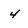
Character: 4